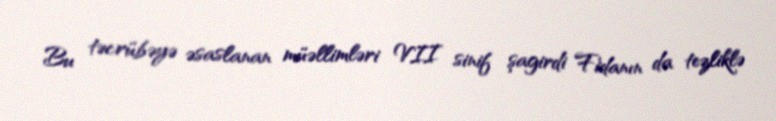
Bu təcrübəyə əsaslanan müəllimləri VII sinif şagirdi Fidanın da tezliklə